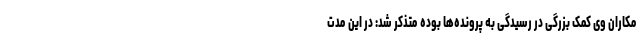
مکاران وی کمک بزرگی در رسیدگی به پرونده‌ها بوده متذکر شد: در این مدت